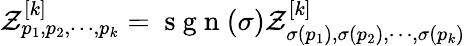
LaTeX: \mathcal{Z}_{p_{1},p_{2},\cdots,p_{k}}^{[k]}=\mathrm{~s~g~n~}(\sigma)\mathcal{Z}_{\sigma(p_{1}),\sigma(p_{2}),\cdots,\sigma(p_{k})}^{[k]}